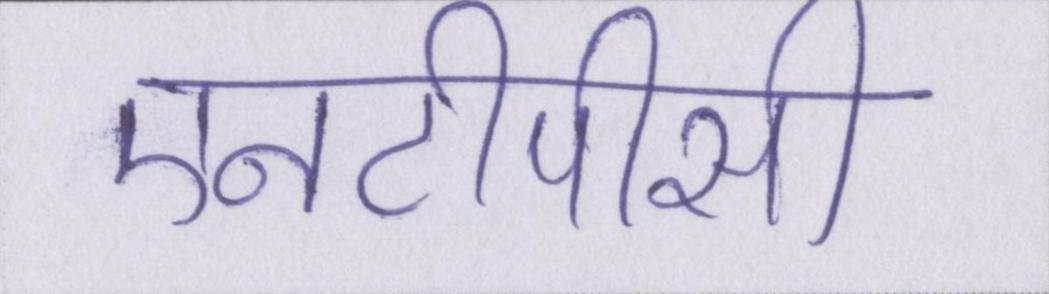
एनटीपीसी